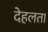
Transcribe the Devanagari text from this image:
देहलता